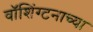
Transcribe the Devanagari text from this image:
वॉशिंग्टनाच्या